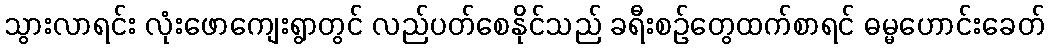
သွားလာရင်း လုံးဖောကျေးရွာတွင် လည်ပတ်စေနိုင်သည် ခရီးစဉ်တွေထက်စာရင် ဓမ္မဟောင်းခေတ်